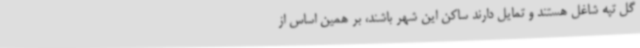
گل تپه شاغل هستند و تمایل دارند ساکن این شهر باشند، بر همین اساس از